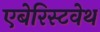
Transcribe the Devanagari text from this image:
एबेरिस्टवेथ